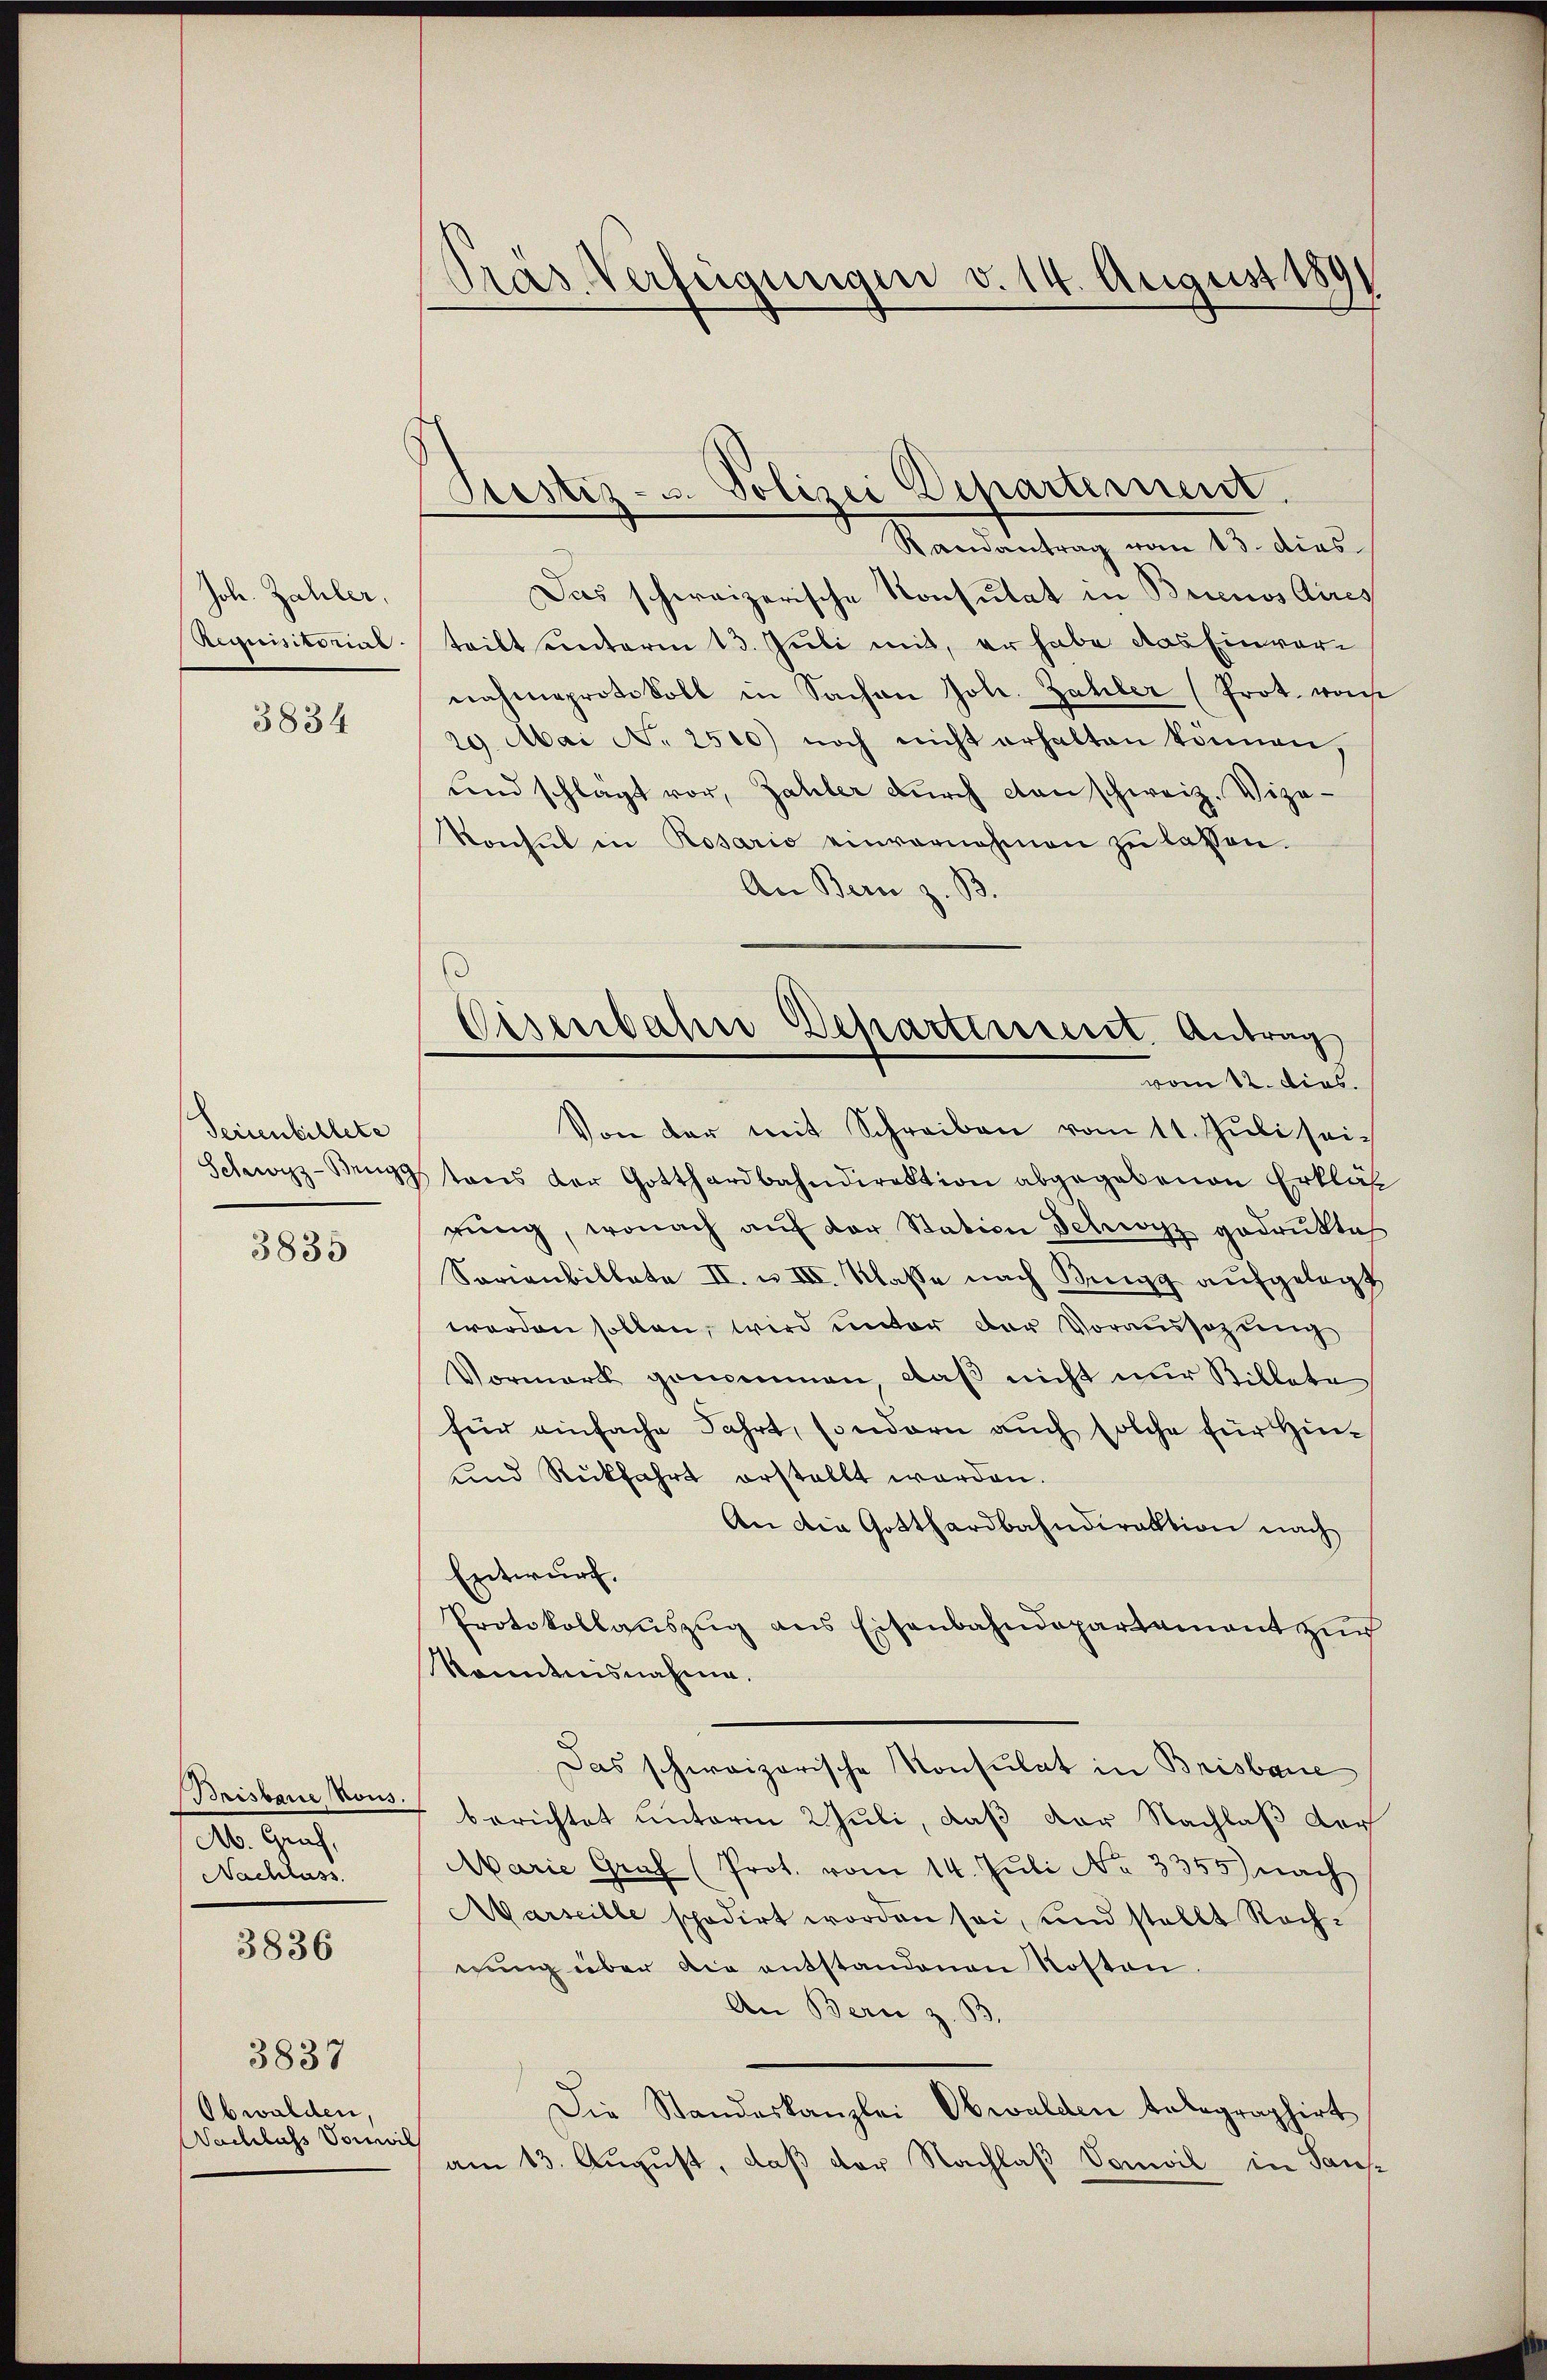
Joh. Zahler,
Auquisitorial

3834

Serienbillete
Schwyzz-Brugg

3835

Bisbare Nous.
Ab. Graf,
Nachlass

3836

Obwalden,
Nachluss Sonni

3837

Pras Verfügungen v. 14. August 189

Justiz- u. Polizei Departement.

Randantrag vom 13. dies
Das schweizerische Konsulat in Brienos Aires
tritt unterm 13. Juli mit, er habe das Einvernahmeprotokoll in Sachen Joh. Zahler (Prot. von
29. Mai No 2500) noch nicht erhalten können,
und schlagt vor, Zahler durch den schweiz. Vize-
Vonsul in Rosario einvernehmen zŭ lassen.
An Bern z. B.
Von der mit Schreiben vom 11. Juli sei-
tons der Gotthardbahndirektion abgegebenen Erklär
rŭng, wonach aŭf der Station Schwyz gedrukte
Sovienbillate II. u. III. Klasse nach Binzg aufgelegt
werden sollen, wird unter der Voraussezung
Vormark genommen, daß nicht nur Billete
für einfache Fahrt, sondern auch solche für Hin¬
und Rückfahrt erstellt werden.
An die Gotthardbahndirektion nach
Entwurf.
Protokollauszug aus Eisenbahndepartement zur
kanntnisnahme.
Das schweizerische Konsulat in Brisbaue
berichtet unterm 2 Juli, daß der Nachlaß der
Marie Graf (Prot. vom 14. Juli No 3355) nach
Marseille spedirt worden sei, und stellt Rechnung über die entstandenen Kosten.
An Bern z. B.
Die Standeskanzlei Obwalden talographirt
am 13. August, daß der Nachlaß Vonwil in Saus¬

1
Eisenbahn Departement. Antrag
vom 12. dies